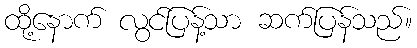
ထို့နောက် လွင်ပြန့်သာ ဆက်ပြန်သည်။